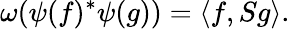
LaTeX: \omega(\psi(f)^{*}\psi(g))=\langle f,Sg\rangle.